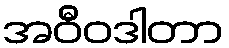
အဝီဝဒါတာ